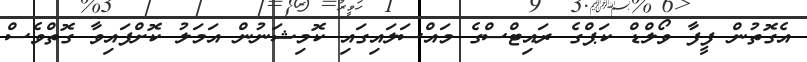
އެގޮތުން ފީފާ ވޯލްޑް ކަޕްގެ ރައިޓްސްގެ މައްސަލައިގައި ކޮމިޝަނުން އަމަލު ކޮށްފައިވާ ގޮތްވެސް